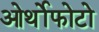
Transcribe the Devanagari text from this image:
ओर्थोफोटो